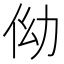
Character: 㑃